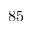
8 5